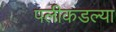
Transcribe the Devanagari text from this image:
पलीकडल्या